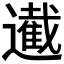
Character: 𮟙